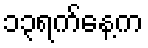
၁၃ရက်နေ့က